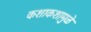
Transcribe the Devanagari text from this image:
कशाकशामुळे